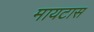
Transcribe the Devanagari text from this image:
मायटास